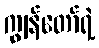
ကျွန်တော်ရဲ့